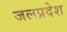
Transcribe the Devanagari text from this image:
जलप्रदेश